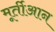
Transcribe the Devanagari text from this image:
मूर्तीआन